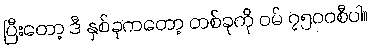
ပြီးတော့ ဒီ နှစ်ခုကတော့ တစ်ခုကို ဝမ် ၇၅၀၀စီပါ။